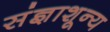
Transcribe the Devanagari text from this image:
संज्ञाशून्य